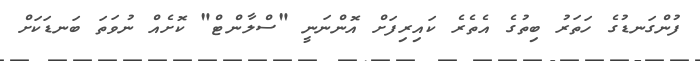
ފުންގަނޑުގެ ހަތަރު ބިތުގެ އެތެރެ ކައިރިފަށް އޮންނަނީ "ސްލާންޓް" ކޮށެއް ނުވަތަ ބަނޑަކަށް